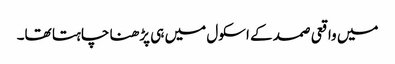
میں واقعی صمد کے اسکول میں ہی پڑھنا چاہتا تھا۔